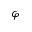
\varphi